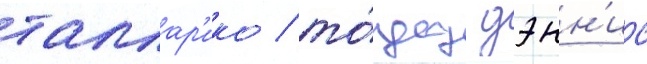
таллар'ико / то́дд дэнн'ис